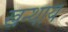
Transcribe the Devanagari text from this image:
खन्थाय